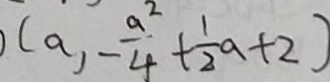
( a , - \frac { a ^ { 2 } } { 4 } + \frac { 1 } { 2 } a + 2 )